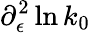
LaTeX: \partial_{\epsilon}^{2}\ln k_{0}